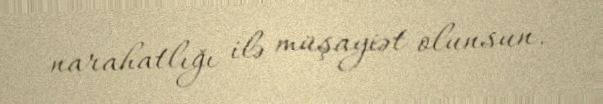
narahatlığı ilə müşayiət olunsun.